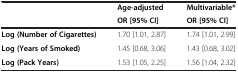
<table><thead><tr><td><b> </b></td><td><b>Age-adjusted</b></td><td><b>Multivariable*</b></td></tr><tr><td><b> </b></td><td><b>OR [95% CI]</b></td><td><b>OR [95% CI]</b></td></tr></thead><tbody><tr><td><b>Log (Number of Cigarettes)</b></td><td>1.70 [1.01, 2.87]</td><td>1.74 [1.01, 2.99]</td></tr><tr><td><b>Log (Years of Smoked)</b></td><td>1.45 [0.68, 3.06]</td><td>1.43 [0.68, 3.02]</td></tr><tr><td><b>Log (Pack Years)</b></td><td>1.53 [1.05, 2.25]</td><td>1.56 [1.04, 2.32]</td></tr></tbody></table>